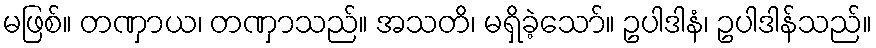
မဖြစ်။ တဏှာယ၊ တဏှာသည်။ အသတိ၊ မရှိခဲ့သော်။ ဥပါဒါနံ၊ ဥပါဒါန်သည်။